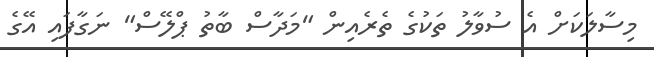
މިސާލަކަށް އެ ސުވާލު ތަކުގެ ތެރެއިން "މަދާސް ބާތު ޕްލޭސް" ނަގާފައި އޭގެ